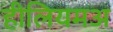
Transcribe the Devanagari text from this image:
हीलियमअ